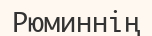
Рюминнің